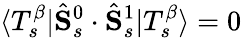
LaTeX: \langle T_{s}^{\beta}|\hat{\mathbf{S}}_{s}^{0}\cdot\hat{\mathbf{S}}_{s}^{1}|T_{s}^{\beta}\rangle=0